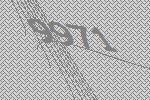
9971